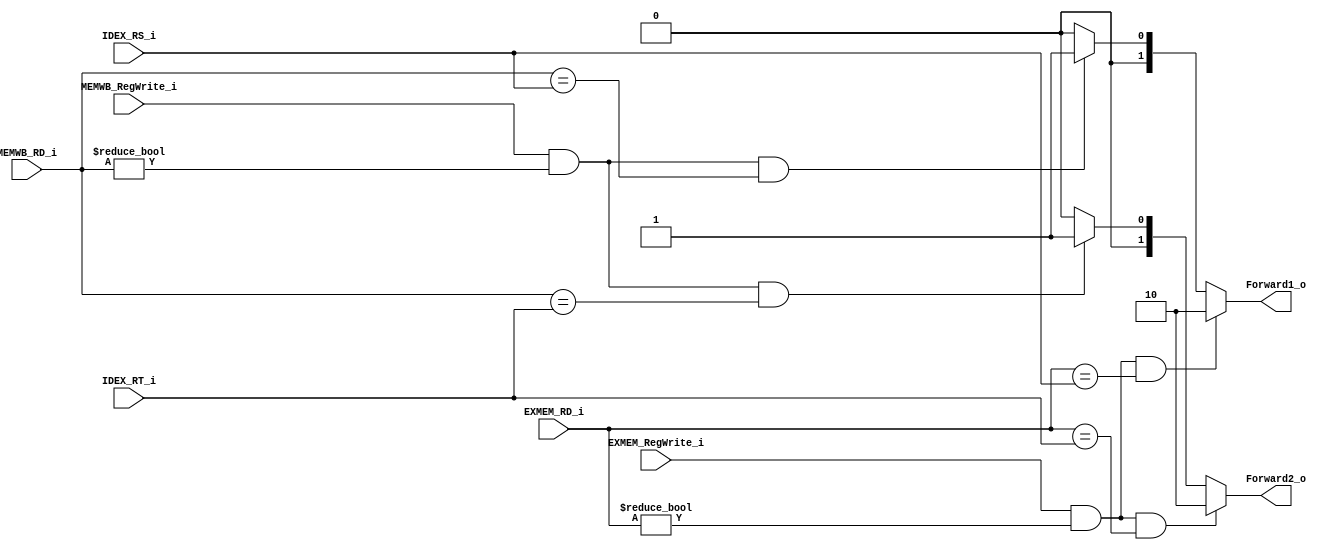
module ForwardUnit(
    IDEX_RS_i,
    IDEX_RT_i,
    EXMEM_RegWrite_i,
    EXMEM_RD_i,
    MEMWB_RegWrite_i,
    MEMWB_RD_i,
    Forward1_o,
    Forward2_o
);

input				EXMEM_RegWrite_i, MEMWB_RegWrite_i;
input	[4:0]		IDEX_RS_i, IDEX_RT_i, EXMEM_RD_i, MEMWB_RD_i;
output	[1:0]		Forward1_o, Forward2_o;

reg 	[1:0]		Forward1_o, Forward2_o;



always @(EXMEM_RegWrite_i or MEMWB_RegWrite_i or IDEX_RS_i or IDEX_RT_i or EXMEM_RD_i or MEMWB_RD_i) begin
	Forward1_o = 2'b00;
	if(EXMEM_RegWrite_i && (EXMEM_RD_i != 5'd0) && (EXMEM_RD_i == IDEX_RS_i))
		Forward1_o = 2'b10;
	/* hortune
    else if(MEMWB_RegWrite_i && (MEMWB_RD_i != 5'd0) && (MEMWB_RD_i == IDEX_RS_i) && (EXMEM_RD_i != IDEX_RS_i))
		Forward1_o = 2'b01;
	*/
    else if(MEMWB_RegWrite_i && (MEMWB_RD_i != 5'd0) && (MEMWB_RD_i == IDEX_RS_i))
		Forward1_o = 2'b01;
	Forward2_o = 2'b00;
	
    if (EXMEM_RegWrite_i && (EXMEM_RD_i != 5'd0) && (EXMEM_RD_i == IDEX_RT_i))
		Forward2_o = 2'b10;
	/* hortune
    else if (MEMWB_RegWrite_i && (MEMWB_RD_i != 5'd0) && (MEMWB_RD_i == IDEX_RT_i) && (EXMEM_RD_i != IDEX_RT_i))
		Forward2_o = 2'b01;
    */
    else if (MEMWB_RegWrite_i && (MEMWB_RD_i != 5'd0) && (MEMWB_RD_i == IDEX_RT_i))
		Forward2_o = 2'b01;

end



endmodule